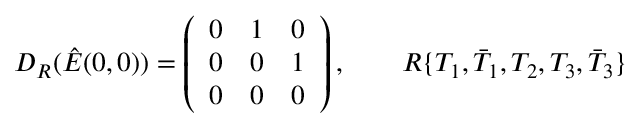
D _ { R } ( \hat { E } ( 0 , 0 ) ) = \left( \begin{array} { c c c } { { 0 } } & { { 1 } } & { { 0 } } \\ { { 0 } } & { { 0 } } & { { 1 } } \\ { { 0 } } & { { 0 } } & { { 0 } } \end{array} \right) , \qquad R \{ T _ { 1 } , \bar { T } _ { 1 } , T _ { 2 } , T _ { 3 } , \bar { T } _ { 3 } \}